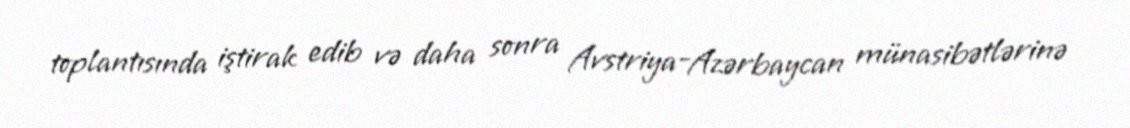
toplantısında iştirak edib və daha sonra Avstriya-Azərbaycan münasibətlərinə